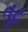
તૂટ